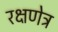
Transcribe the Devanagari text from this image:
रक्षणेत्र